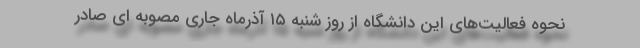
نحوه فعالیت‌های این دانشگاه از روز شنبه ۱۵ آذرماه جاری مصوبه ای صادر